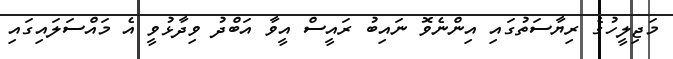
މަޖިލީހުގެ ރިޔާސަތުގައި އިންނެވޮ ނައިބު ރައީސް އީވާ އަބްދު ވިދާޅުވީ އެ މައްސަލައިގައި